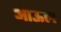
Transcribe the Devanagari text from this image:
आऊल